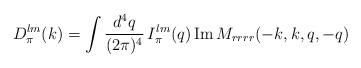
LaTeX: \begin{align*} D_{\pi}^{lm}(k) = \int{d^4q\over (2\pi)^4}\,I_{\pi}^{lm}(q)\, {\rm Im\, }M_{rrrr}(-k,k,q,-q)\end{align*}